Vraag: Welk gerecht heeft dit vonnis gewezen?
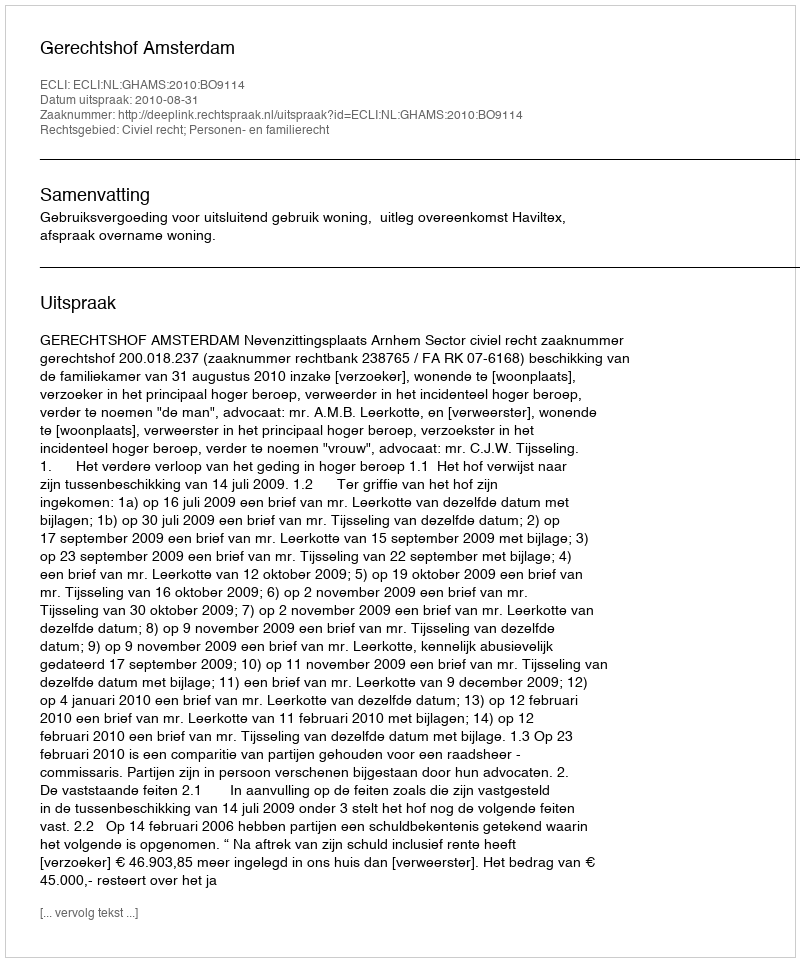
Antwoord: Gerechtshof Amsterdam